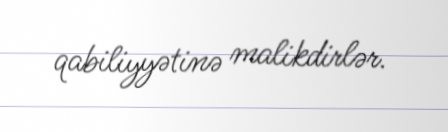
qabiliyyətinə malikdirlər.